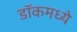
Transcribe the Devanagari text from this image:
डॉकमध्ये